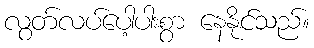
လွတ်လပ်ပေါ့ပါးစွာ နေနိုင်သည်။